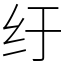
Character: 纡